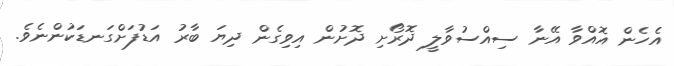
އެހެން އޮއްވާ އޭނާ ސިއްސުވާލީ ދޮރޯށި ދޮށުން އިވިގެން ދިޔަ ބާރު އަޑުފަށްގަނޑަކުންނެވެ.